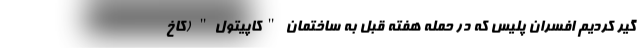
گیر کردیم افسران پلیس که در حمله هفته قبل به ساختمان "کاپیتول" (کاخ